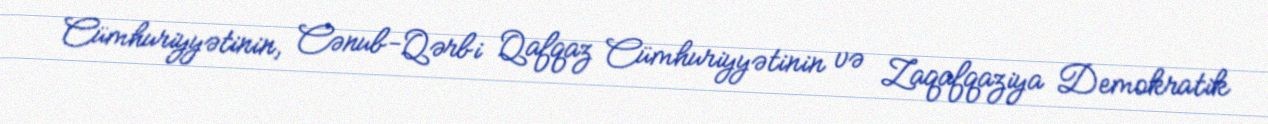
Cümhuriyyətinin, Cənub-Qərbi Qafqaz Cümhuriyyətinin və Zaqafqaziya Demokratik